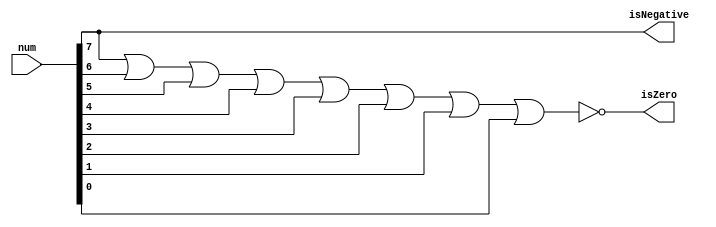
// Comparator.v
// John Wilkes
// Compares a number with zero

module Comparator(input [7:0] num,
                  output isZero, isNegative);

    assign isNegative = num[7];
    assign isZero = ~(num[7] | num[6] | num[5] | num[4] | num[3] | num[2] | num[1] | num[0]);

endmodule